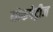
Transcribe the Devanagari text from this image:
मोकपेट्रीज